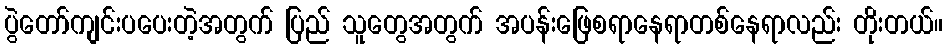
ပွဲတော်ကျင်းပပေးတဲ့အတွက် ပြည် သူတွေအတွက် အပန်းဖြေစရာနေရာတစ်နေရာလည်း တိုးတယ်။